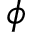
\phi